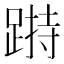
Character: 𨃌